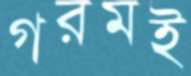
গরমই